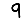
Digit: 9